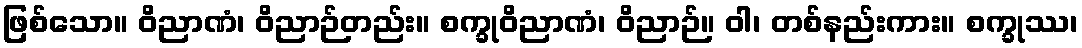
ဖြစ်သော။ ဝိညာဏံ၊ ဝိညာဉ်တည်း။ စက္ခုဝိညာဏံ၊ ဝိညာဉ်။ ဝါ၊ တစ်နည်းကား။ စက္ခုဿ၊